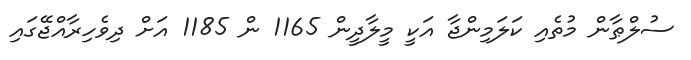
ސުލްޠާން މުތެއި ކަލަމިންޖާ އަކީ މީލާދީން 1165 ން 1185 އަށް ދިވެހިރާއްޖޭގައި